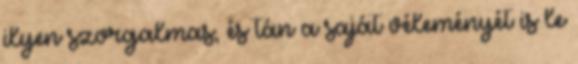
ilyen szorgalmas, és tán a saját véleményét is le